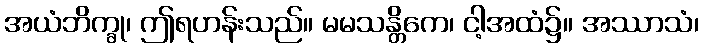
အယံဘိက္ခု၊ ဤရဟန်းသည်။ မမသန္တိကေ၊ ငါ့အထံ၌။ အဿာသံ၊